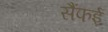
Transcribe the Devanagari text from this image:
सैंफई